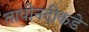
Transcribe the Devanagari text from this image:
तापीनदीकडे